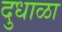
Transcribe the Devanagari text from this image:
दुधाळा